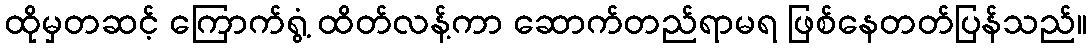
ထိုမှတဆင့် ကြောက်ရွံ့ ထိတ်လန့်ကာ ဆောက်တည်ရာမရ ဖြစ်နေတတ်ပြန်သည်။